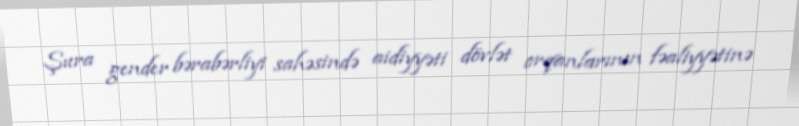
Şura gender bərabərliyi sahəsində aidiyyəti dövlət orqanlarının fəaliyyətinə